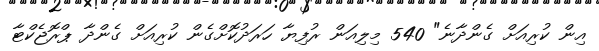
އިން ކުރިއަށް ގެންދާނެ" 540 މިލިއަން ރުފިޔާ ހަރަދުކޮށްގެން ކުރިއަށް ގެންދާ ޕްރޮޖެކްޓާ